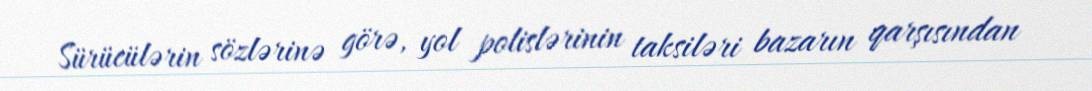
Sürücülərin sözlərinə görə, yol polislərinin taksiləri bazarın qarşısından